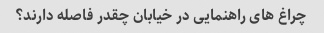
چراغ های راهنمایی در خیابان چقدر فاصله دارند؟